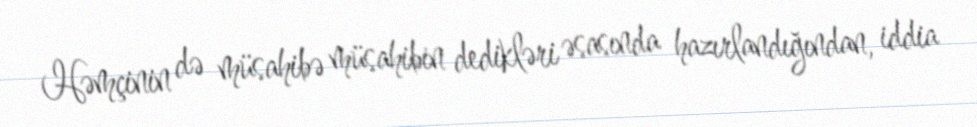
Həmçinin də müsahibə müsahibin dedikləri əsasında hazırlandığından, iddia